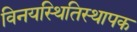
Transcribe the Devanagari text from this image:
विनयस्थितिस्थापक